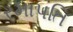
રમાપતિ